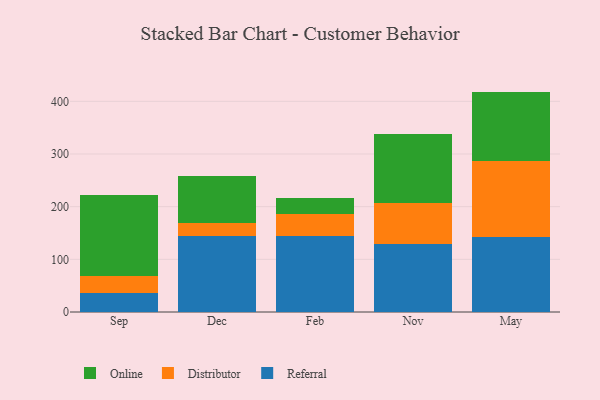
{"axis": {"x": "Month", "y": "Satisfaction Score"}, "legend": ["Distributor", "Online", "Referral"], "data": [{"x": "Sep", "y": 35.5, "type": "Referral"}, {"x": "Sep", "y": 33.5, "type": "Distributor"}, {"x": "Sep", "y": 152.3, "type": "Online"}, {"x": "Dec", "y": 143.7, "type": "Referral"}, {"x": "Dec", "y": 25.8, "type": "Distributor"}, {"x": "Dec", "y": 88.5, "type": "Online"}, {"x": "Feb", "y": 143.7, "type": "Referral"}, {"x": "Feb", "y": 42.5, "type": "Distributor"}, {"x": "Feb", "y": 31.2, "type": "Online"}, {"x": "Nov", "y": 128.9, "type": "Referral"}, {"x": "Nov", "y": 78.9, "type": "Distributor"}, {"x": "Nov", "y": 131.0, "type": "Online"}, {"x": "May", "y": 141.8, "type": "Referral"}, {"x": "May", "y": 145.8, "type": "Distributor"}, {"x": "May", "y": 130.9, "type": "Online"}]}